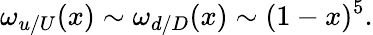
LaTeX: \omega_{u/U}(x)\sim\omega_{d/D}(x)\sim(1-x)^{5}.